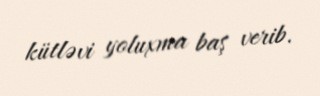
kütləvi yoluxma baş verib.